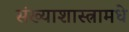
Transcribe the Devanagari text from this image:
संख्याशास्त्रामधे